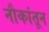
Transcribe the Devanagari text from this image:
नौकांतून